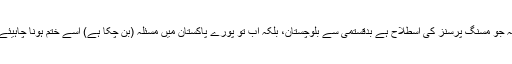
یہ جو مسنگ پرسنز کی اسطلاح ہے بدقستمی سے بلوچستان، بلکہ اب تو پورے پاکستان میں مسئلہ (بن چکا ہے) اِسے ختم ہونا چاہیئے۔